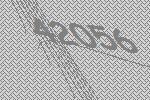
42056